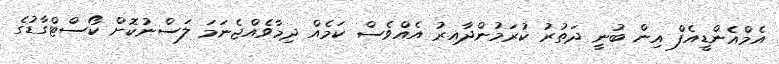
އެމްއެންޑީއެފް އިން ބުނީ ދަތުރު ކުރަމުންދާއިރު އެއްވެސް ކަމެއް ދިމާވެއްޖެނަމަ ލަސްނުކޮށް ކޯސްޓްގާޑުގެ